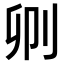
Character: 𠛓